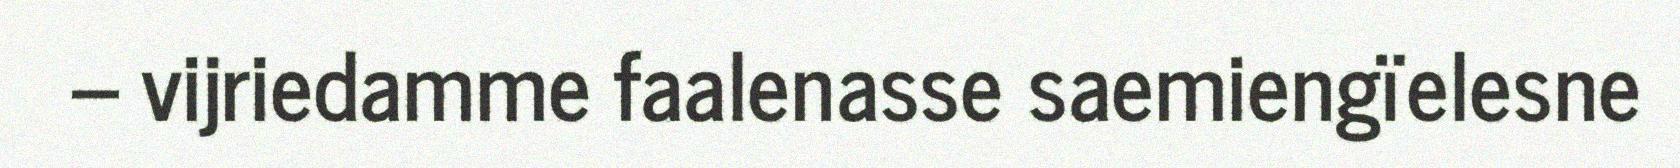
– vijriedamme faalenasse saemiengïelesne